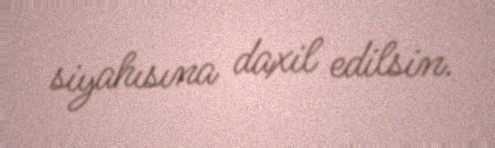
siyahısına daxil edilsin.